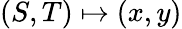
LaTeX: (S,T)\mapsto(x,y)